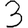
Digit: 3